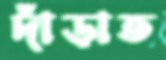
দাঁড়াত